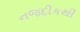
નજદીકથી